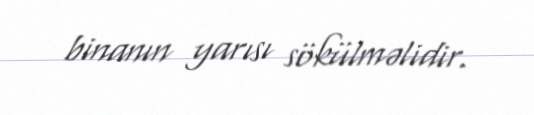
binanın yarısı sökülməlidir.